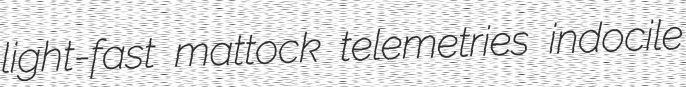
light-fast mattock telemetries indocile